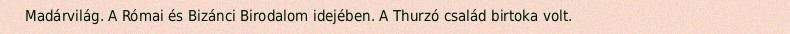
Madárvilág. A Római és Bizánci Birodalom idejében. A Thurzó család birtoka volt.